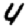
Digit: 4